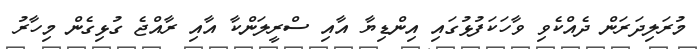
މުރަލިދަރަން ދެއްކެވި ވާހަކަފުޅުގައި އިންޑިޔާ އާއި ސްރީލަންކާ އާއި ރާއްޖެ ގުޅިގެން މިހާރު